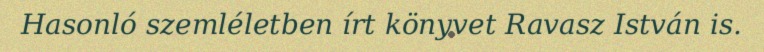
Hasonló szemléletben írt könyvet Ravasz István is.